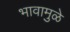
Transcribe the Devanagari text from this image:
भावामुळे